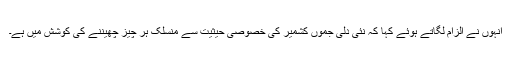
اُنہوں نے الزام لگاتے ہوئے کہا کہ نئی دلی جموں کشمیر کی خصوصی حیثیت سے منسلک ہر چیز چھیننے کی کوشش میں ہے۔